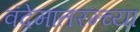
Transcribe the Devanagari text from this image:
वंदेमातरम्च्या